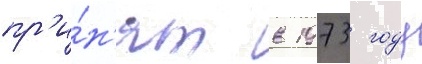
пр'и́н'ят в 1973 году